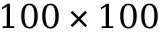
1 0 0 \times 1 0 0